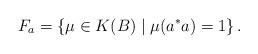
LaTeX: \begin{align*}F_a = \left\{\mu \in K(B) \mid \mu(a^* a) = 1 \right\}.\end{align*}